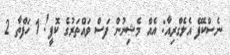
ނެސްކެފޭ އެލެގްރިއާ: އެއް މެޝިނުން ފަސް ވައްތަރުގެ ކޮފީ! 1 ހަފްތާ 2